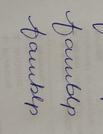
Signature authenticity: forged